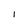
Character: I